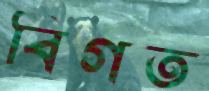
বিগত